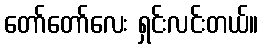
တော်တော်လေး ရှင်းလင်းတယ်။